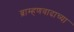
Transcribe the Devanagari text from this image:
ब्राम्हणवादाच्या